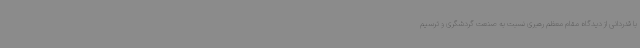
با قدردانی از دیدگاه مقام معظم رهبری نسبت به صنعت گردشگری و ترسیم